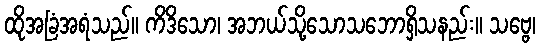
ထိုအခြံအရံသည်။ ကိဒိသော၊ အဘယ်သို့သောသဘောရှိသနည်း။ သဗ္ဗေ၊